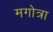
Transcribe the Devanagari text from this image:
मगोत्रा